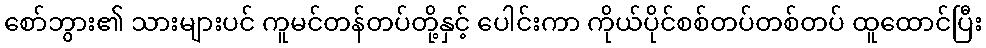
စော်ဘွား၏ သားများပင် ကူမင်တန်တပ်တို့နှင့် ပေါင်းကာ ကိုယ်ပိုင်စစ်တပ်တစ်တပ် ထူထောင်ပြီး